Lunatic asylums Burma 1922-24 - 1922-1924
Year: 1922
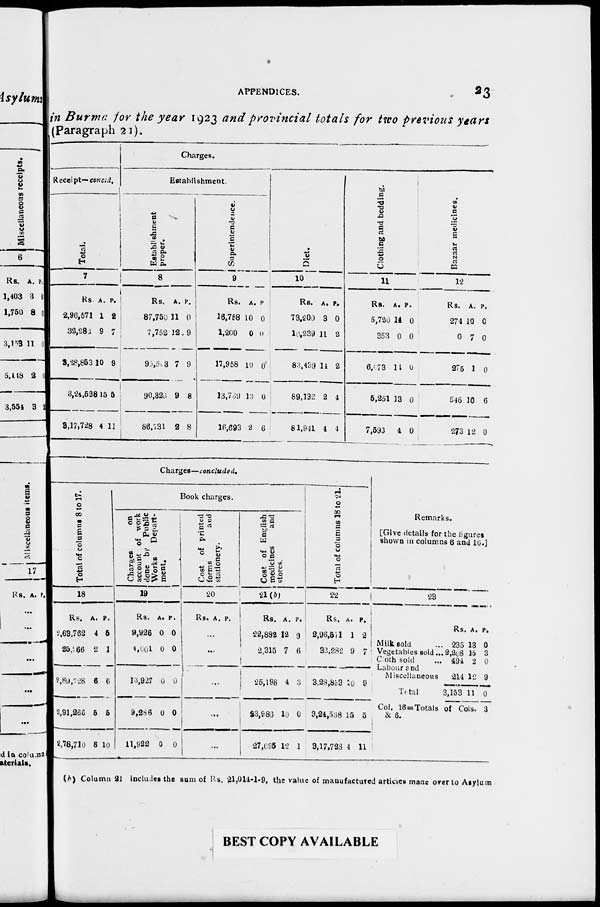
APPENDICES. 23
in Burma for the year 1923 and provincial totals for two previous years
(Paragraph 21).
Receipt— concld.
Total.
7
Rs.
2,96,571
32,282
3,28,853
3,24,538
3,17,728
A.
1
9
10
15
4
P.
2
7
9
5
11
Charges.
Establishment.
Establishment
proper.
8
Rs.
87,750
7,752
95,503
90,326
86,731
A.
11
12
7
9
2
P.
0
9
9
8
8
Superintendence.
9
Rs.
16,758
1,200
17,958
13,739
16,693
A.
10
0
10
13
2
P.
0
0
0
0
6
Diet.
10
Rs.
73,200
10,239
83,439
89,132
81,941
A.
3
11
14
2
4
P.
0
2
2
4
4
Clothing and bedding.
11
Rs.
5,720
353
6,073
5,251
7,593
A.
14
0
14
13
4
P.
0
0
0
0
0
Bazaar medicines.
12
Rs.
274
0
275
546
273
A.
10
7
1
10
12
P.
0
0
0
6
0
Charges—concluded.
Total of columns 8 to 17.
18
Rs.
2,63,762
25,966
2,89,728
2,91,266
2,78,710
A.
4
2
6
5
8
P.
5
1
6
5
10
Book charges.
Charges
on
account of work
done by Public
Works
Depart-
ment.
19
Rs.
9,926
4,001
13,927
9,286
11,922
A.
0
0
0
0
0
P.
0
0
0
0
0
Cost of printed
forms
and
stationery.
20
Rs. A. P.
...
...
...
...
...
Cost of English
medicines
and
stores.
21 (b)
Rs.
22,882
2,315
25,198
23,986
27,095
A.
12
7
4
10
12
P.
9
6
3
0
1
Total of columns 18 to 21.
22
Rs.
2,96,571
32,282
3,28,853
3,24,538
3,17,728
A.
1
9
10
15
4
P.
2
7
9
5
11
Remarks.
[Give details for the figures
shown in columns 6 and 16.]
23
Milk sold ...
Vegetables sold...
Cloth sold ...
Labour and
Miscellaneous
Total
Rs.
235
3,208
494
214
3,153
A.
13
15
2
12
11
P.
0
3
0
9
0
Col. 16=Totals of Cols. 3
& 6.
(b) Column 21 includes the sum of Rs. 21,014-1-9, the value of manufactured articles made over to Asylum
BEST COPY AVAILABLE